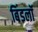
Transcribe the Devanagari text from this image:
बिंडलॉ